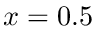
x = 0 . 5